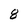
Character: 8